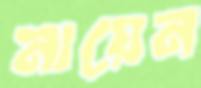
নায়েন